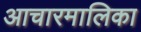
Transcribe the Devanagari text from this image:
आचारमालिका